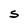
Character: S